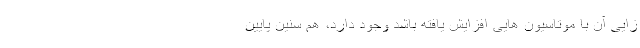
زایی آن با موتاسیون هایی افزایش یافته باشد وجود دارد، هم سنین پایین